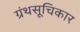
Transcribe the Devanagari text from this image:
ग्रंथसूचिकार